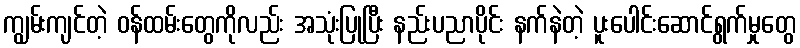
ကျွမ်းကျင်တဲ့ ဝန်ထမ်းတွေကိုလည်း အသုံးပြုပြီး နည်းပညာပိုင်း နက်နဲတဲ့ ပူးပေါင်းဆောင်ရွက်မှုတွေ